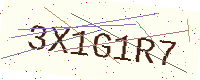
Text: 3X1G1R7